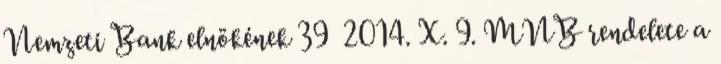
Nemzeti Bank elnökének 39 2014. X. 9. MNB rendelete a